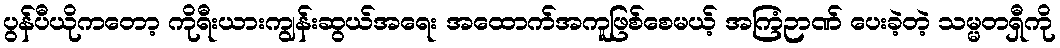
ပွန်ပီယိုကတော့ ကိုရီးယားကျွန်းဆွယ်အရေး အထောက်အကူဖြစ်စေမယ့် အကြံဉာဏ် ပေးခဲ့တဲ့ သမ္မတရှီကို